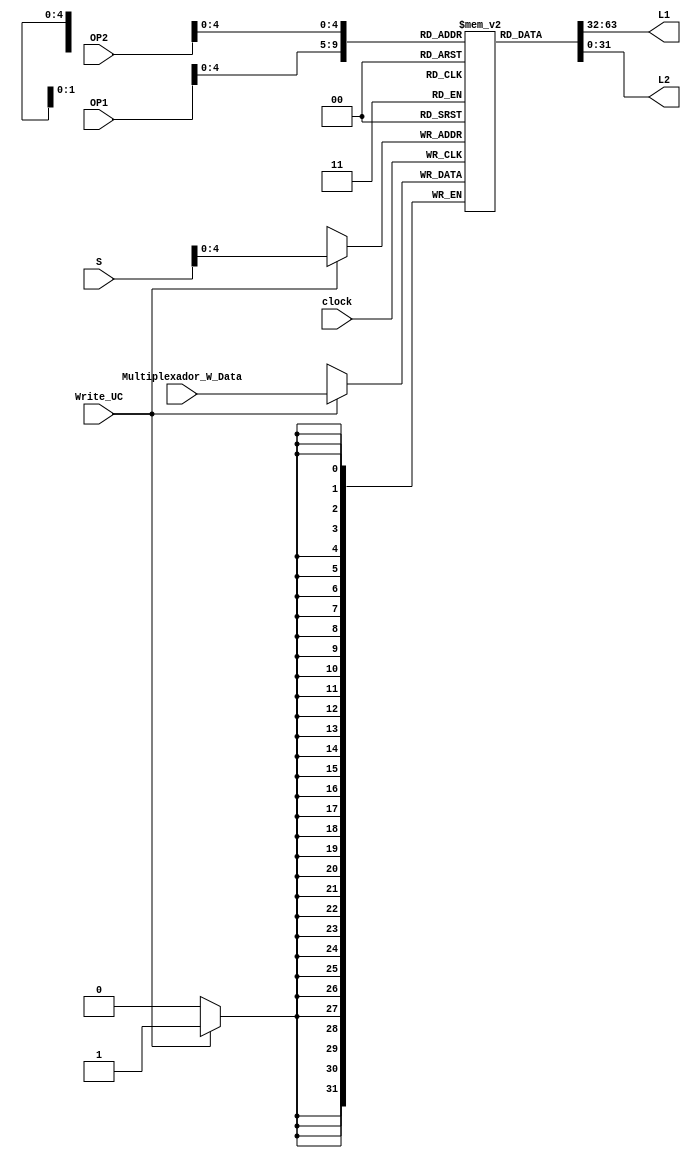
module Banco_de_registradores (clock,Write_UC,S,OP1,OP2,Multiplexador_W_Data,L1,L2);
input clock,Write_UC;
input wire [5:0] S, OP1,OP2;
input wire [31:0] Multiplexador_W_Data;
output [31:0] L1,L2;
reg   [31:0] Registradores [31:0];
always@ ( posedge clock )
	begin
		if( Write_UC==1)
			begin
				Registradores[S]=Multiplexador_W_Data;
			end
	end
assign L1=Registradores [OP1];
assign L2=Registradores [OP2];
endmodule
/*
L1 e L2 so os dados que sero enviados at a ULA
O registrador (S)  escrito sempre no nivel alto do clock 
			->dado do multiplexador(serve para selecionar uma saida expecifica) se o a UC est em alto (REg_Write_UC)
So 32 registradores de 32 bits cada (cria matrix 32*32)
OP1 e OP2 so os endereos em L1 e L2 respectivamente
S, OP1 e OP2 vem da memoria de instrues
*/